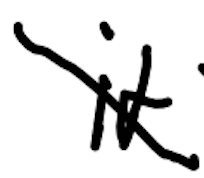
Text: It
Cross-out: diagonal
Writing tool: digital_black